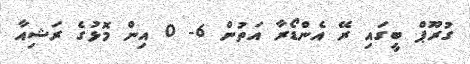
ގުރޫޕް ބީގައި ރޭ އެންޑޯރާ އަތުން 6- 0 އިން މޮޅުގެ ރަޝިއާ